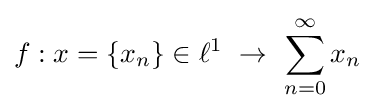
f:x=\{x_{n}\}\in \ell ^{1}\ \rightarrow \ \sum _{n=0}^{\infty }x_{n}